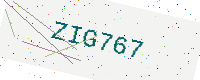
Text: ZIG767